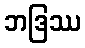
ဘဒြဿ